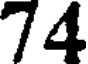
74